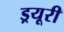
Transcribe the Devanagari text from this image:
ड्रयूरी